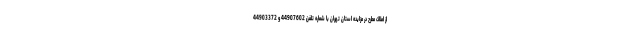
از املاک مطرح در مزایده استان تهران با شماره تلفن 44907602 و 44903372